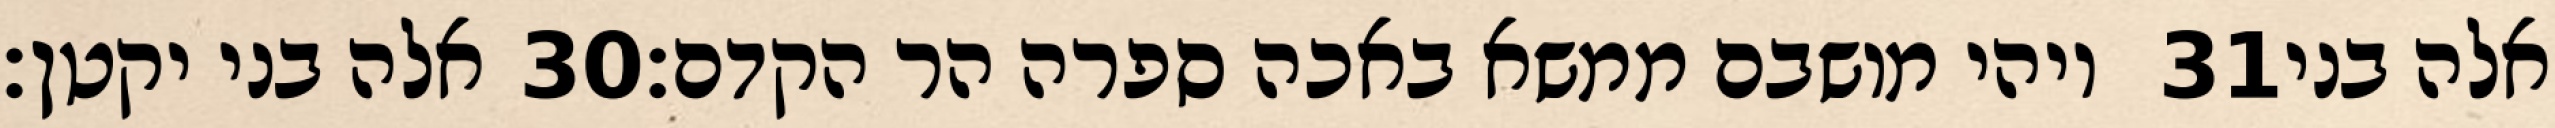
אלה בני יקטן׃ ‎30‏ ויהי מושבם ממשא באכה ספרה הר הקדם׃ ‎31‏ אלה בני